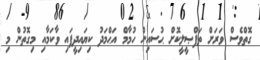
ގޮތްވެސް ވަރަށް ތަފްޞީލީކޮށް ޙުސައިން ހުމާމް އަޙްމަދު ކިޔައިދީފައި ވާކަމާއި މިގޮތުން މި